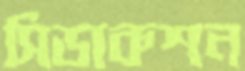
সিডাকশন